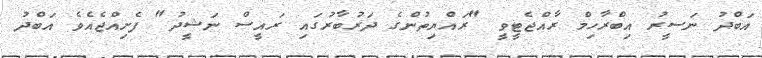
އަބްދު ނަސީރު އިބްރާހިމް ރާއްޖެޓީވީ "ރައްޔިތުންގެ ދަރުބާރުގައި ރައީސް ނަޝީދު" ފެށިއްޖެއެވެ އަބްދު